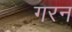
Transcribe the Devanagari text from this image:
गरन